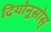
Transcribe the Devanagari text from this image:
दियोनूसोस्